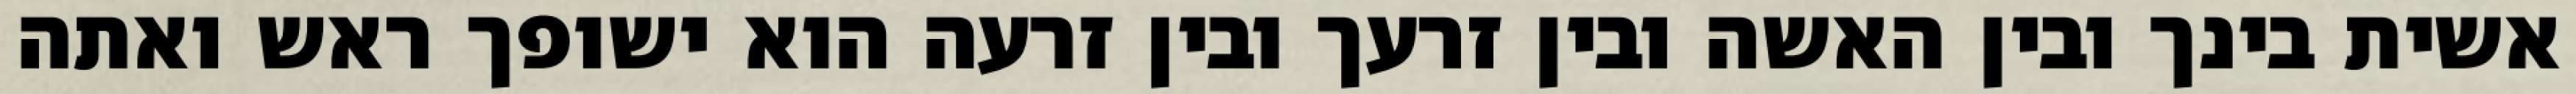
אשית בינך ובין האשה ובין זרעך ובין זרעה הוא ישופך ראש ואתה